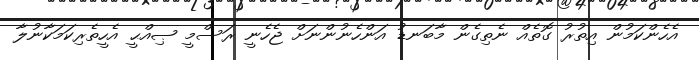
އެހެންކަމުން އިތުރު ގޮތެއް ނެތިގެން މާބަނޑު އަންހެނުންނަށް ޖެހެނީ ރަސްމީ ޞިއްޙީ އެހީތެރިކަމަކާނުލާ